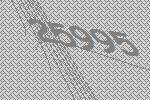
25995